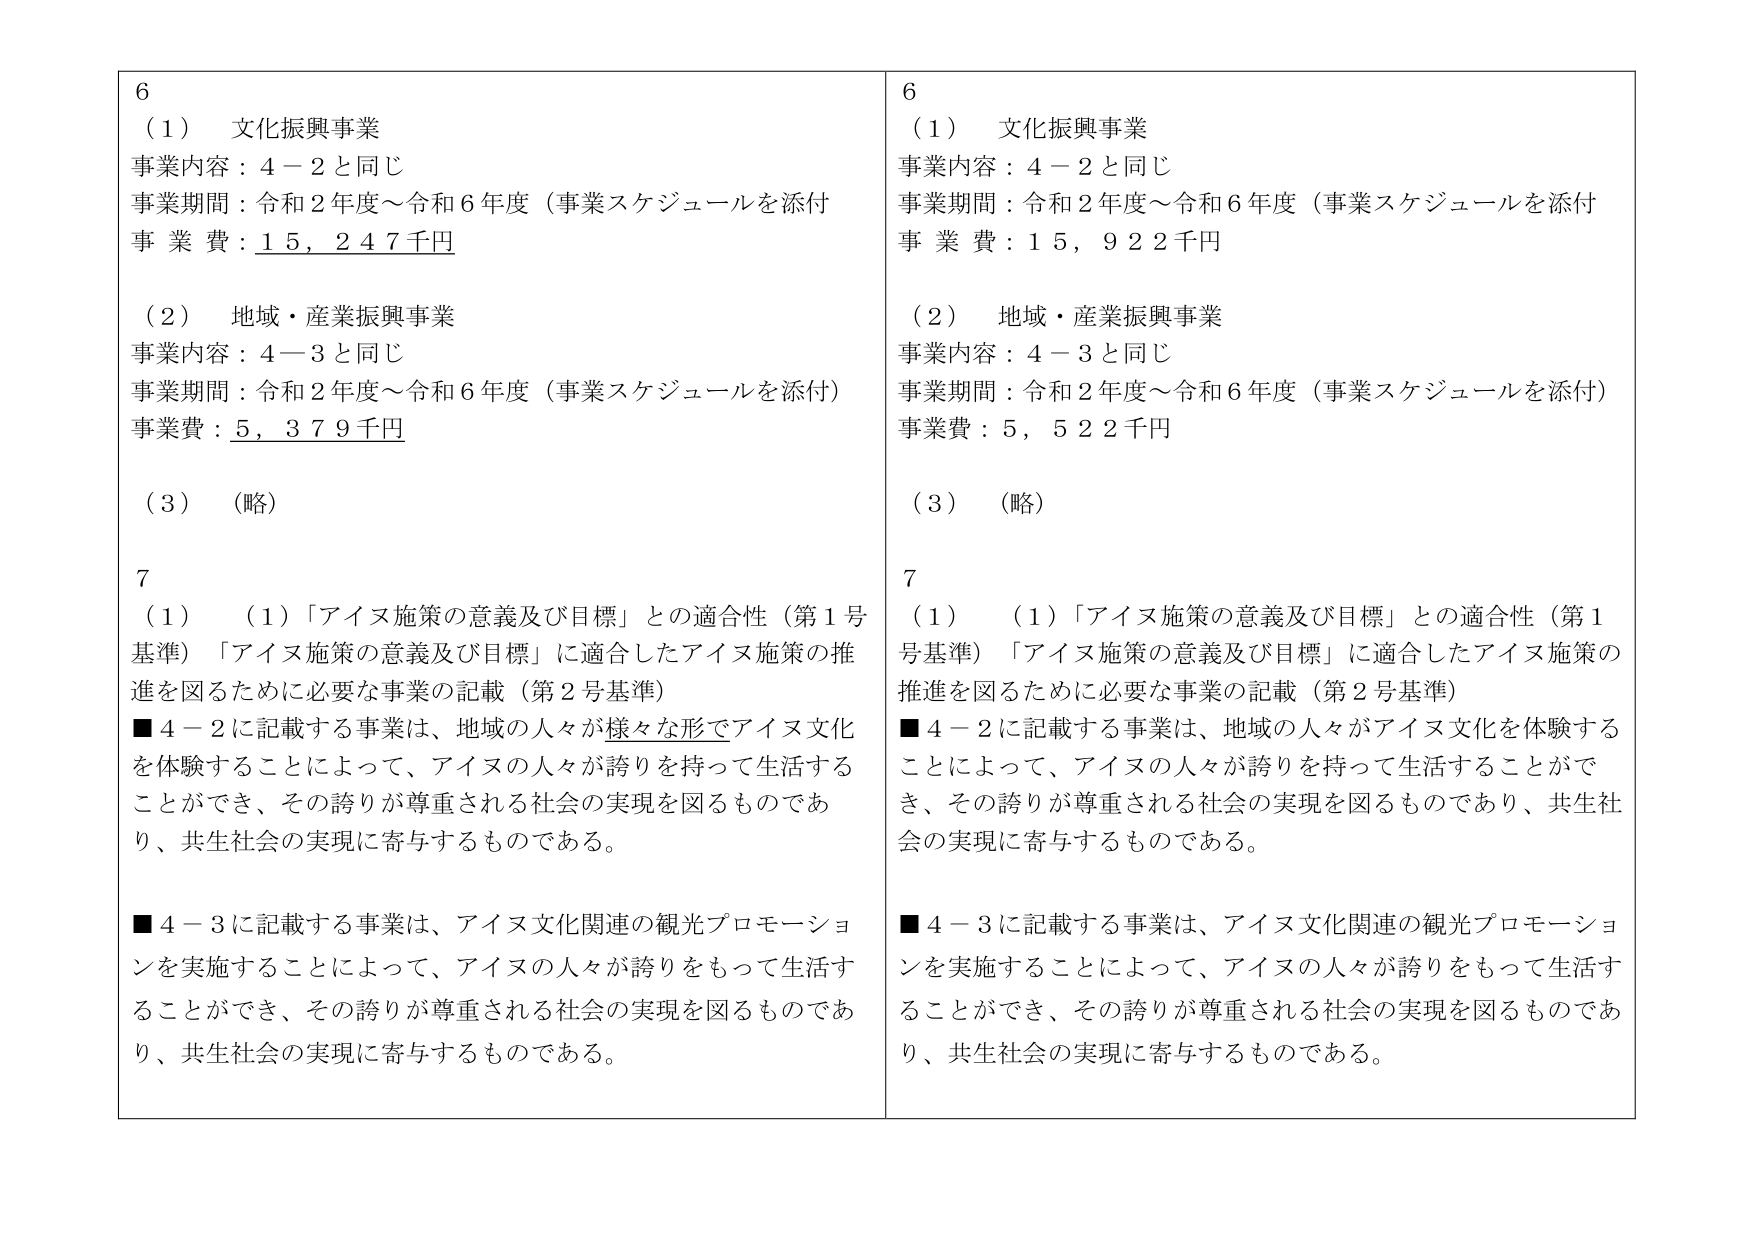
6
（1）文化振興事業
事業内容：4－2と同じ
事業期間：令和2年度～令和6年度（事業スケジュールを添付）
事業費：15,247千円

（2）地域・産業振興事業
事業内容：4－3と同じ
事業期間：令和2年度～令和6年度（事業スケジュールを添付）
事業費：5,379千円

（3）（略）

7
（1）（1）「アイヌ施策の意義及び目標」との適合性（第1号基準）「アイヌ施策の意義及び目標」に適合したアイヌ施策の推進を図るために必要な事業の記載（第2号基準）
■4－2に記載する事業は、地域の人々が様々な形でアイヌ文化を体験することによって、アイヌの人々が誇りを持って生活することができ、その誇りが尊重される社会の実現を図るものであり、共生社会の実現に寄与するものである。

■4－3に記載する事業は、アイヌ文化関連の観光プロモーションを実施することによって、アイヌの人々が誇りをもって生活することができ、その誇りが尊重される社会の実現を図るものであり、共生社会の実現に寄与するものである。

6
（1）文化振興事業
事業内容：4－2と同じ
事業期間：令和2年度～令和6年度（事業スケジュールを添付）
事業費：15,922千円

（2）地域・産業振興事業
事業内容：4－3と同じ
事業期間：令和2年度～令和6年度（事業スケジュールを添付）
事業費：5,522千円

（3）（略）

7
（1）（1）「アイヌ施策の意義及び目標」との適合性（第1号基準）「アイヌ施策の意義及び目標」に適合したアイヌ施策の推進を図るために必要な事業の記載（第2号基準）
■4－2に記載する事業は、地域の人々がアイヌ文化を体験することによって、アイヌの人々が誇りを持って生活することができ、その誇りが尊重される社会の実現を図るものであり、共生社会の実現に寄与するものである。

■4－3に記載する事業は、アイヌ文化関連の観光プロモーションを実施することによって、アイヌの人々が誇りをもって生活することができ、その誇りが尊重される社会の実現を図るものであり、共生社会の実現に寄与するものである。